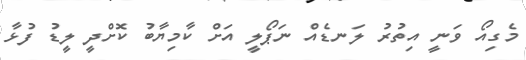
މެގިއޯ ވަނީ އިތުރު ލަނޑެއް ނަޕޯލީ އަށް ކާމިޔާބު ކޮށްދީ ލީޑު ފުޅާ